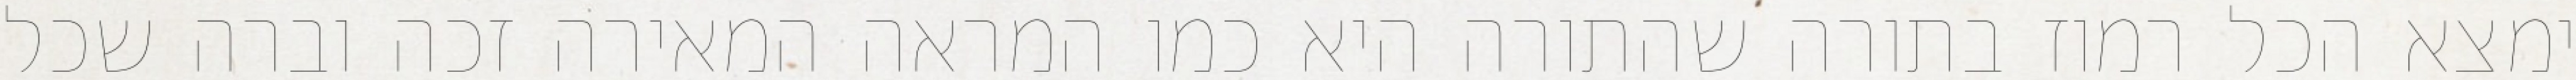
ימצא הכל רמוז בתורה שהתורה היא כמו המראה המאירה זכה וברה שכל